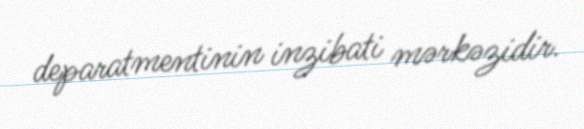
deparatmentinin inzibati mərkəzidir.